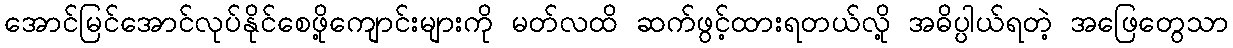
အောင်မြင်အောင်လုပ်နိုင်စေဖို့ကျောင်းများကို မတ်လထိ ဆက်ဖွင့်ထားရတယ်လို့ အဓိပ္ပါယ်ရတဲ့ အဖြေတွေသာ